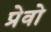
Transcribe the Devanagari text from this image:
प्रेवो